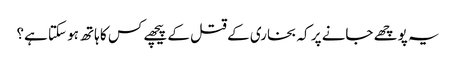
یہ پوچھے جانے پر کہ بخاری کے قتل کے پیچھے کس کا ہاتھ ہو سکتا ہے؟